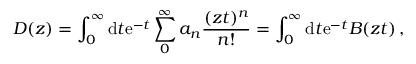
D ( z ) = \int _ { 0 } ^ { \infty } \mathrm { d } t \mathrm { e } ^ { - t } \sum _ { 0 } ^ { \infty } a _ { n } \frac { ( z t ) ^ { n } } { n ! } = \int _ { 0 } ^ { \infty } \mathrm { d } t \mathrm { e } ^ { - t } B ( z t ) \, ,